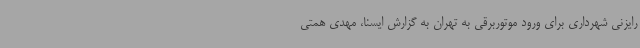
رایزنی شهرداری برای ورود موتوربرقی به تهران به گزارش ایسنا، مهدی همتی